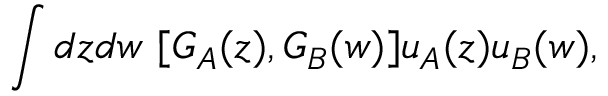
\int d z d w \ [ G _ { A } ( z ) , G _ { B } ( w ) ] u _ { A } ( z ) u _ { B } ( w ) ,